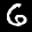
Label: 6